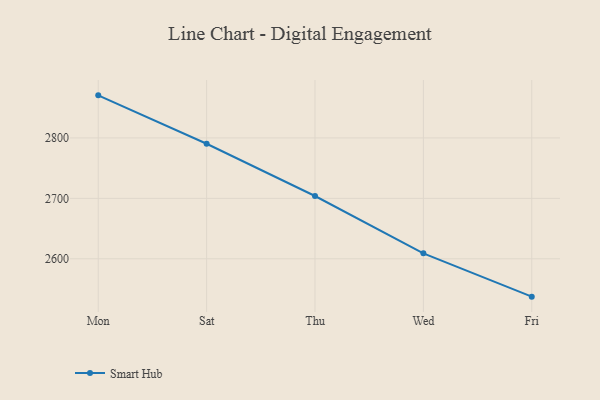
{"axis": {"x": "Day", "y": "Demand Index"}, "legend": ["Smart Hub"], "data": [{"x": "Mon", "y": 2870.4, "type": "Smart Hub"}, {"x": "Sat", "y": 2790.3, "type": "Smart Hub"}, {"x": "Thu", "y": 2703.9, "type": "Smart Hub"}, {"x": "Wed", "y": 2609.1, "type": "Smart Hub"}, {"x": "Fri", "y": 2537.4, "type": "Smart Hub"}]}